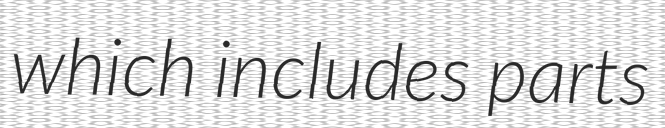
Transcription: which includes parts